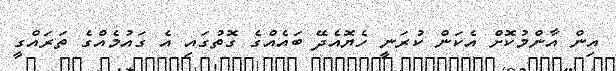
އިން އާންމުކޮށް އެކަން ކުރަނީ ހެޔޮއެދޭ ބައެއްގެ ގޮތުގައި އެ ގައުމެއްގެ ތަރައްގީ